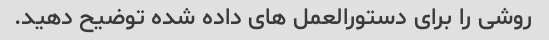
روشی را برای دستورالعمل های داده شده توضیح دهید.